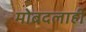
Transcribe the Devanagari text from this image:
मोबदलाही